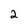
Character: 2